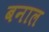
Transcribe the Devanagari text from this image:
बनाल